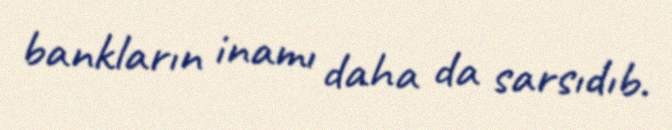
bankların inamı daha da sarsıdıb.